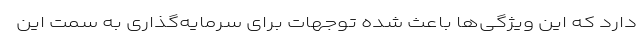
دارد که این ویژگی‌ها باعث شده توجهات برای سرمایه‌گذاری به سمت این